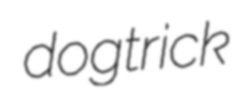
dogtrick